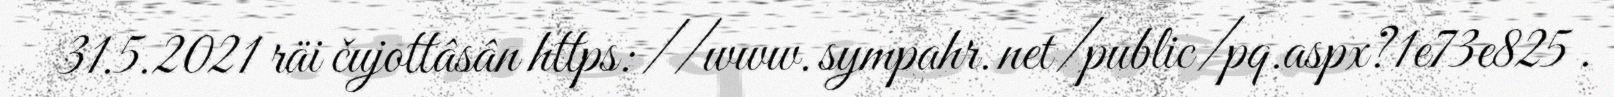
31.5.2021 räi čujottâsân https://www.sympahr.net/public/pq.aspx?1e73e825 .